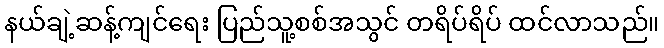
နယ်ချဲ့ဆန့်ကျင်ရေး ပြည်သူ့စစ်အသွင် တရိပ်ရိပ် ထင်လာသည်။